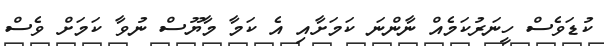
ކުޑަވެސް ހީނަރުކަމެއް ނާންނަ ކަމަށާއި އެ ކަމާ މާޔޫސް ނުވާ ކަމަށް ވެސް